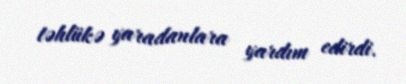
təhlükə yaradanlara yardım edirdi.